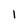
Character: 1